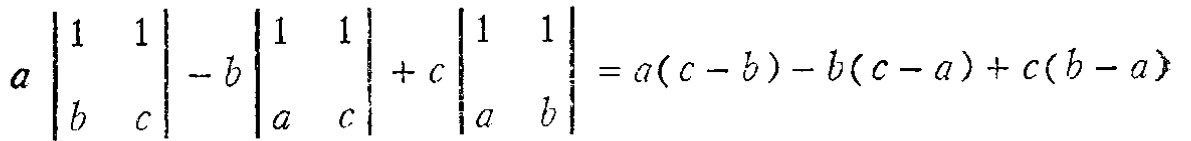
\(a\begin{vmatrix}

1 & 1 \\

b & c

\end{vmatrix}-b\begin{vmatrix}

1 & 1 \\

a & c

\end{vmatrix}+c\begin{vmatrix}

1 & 1 \\

a & b

\end{vmatrix}=a(c - b)-b(c - a)+c(b - a)\)